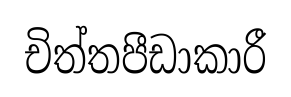
චිත්තපීඩාකාරී